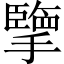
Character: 擥